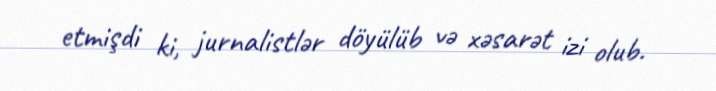
etmişdi ki, jurnalistlər döyülüb və xəsarət izi olub.